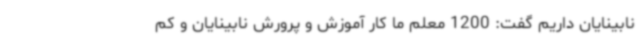
نابینایان داریم گفت: 1200 معلم ما کار آموزش و پرورش نابینایان و کم